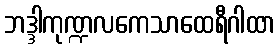
ဘဒ္ဒါကုဏ္ဍလကေသာထေရီဂါထာ